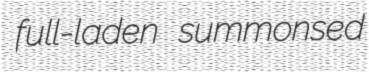
full-laden summonsed